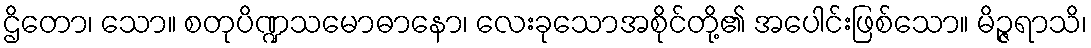
ဌိတော၊ သော။ စတုပိဏ္ဍသမောဓာနော၊ လေးခုသောအစိုင်တို့၏ အပေါင်းဖြစ်သော။ မိဉ္ဇရာသိ၊